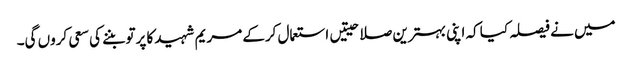
میں نے فیصلہ کیا کہ اپنی بہترین صلاحیتیں استعمال کرکے مریم شہید کا پرتو بننے کی سعی کروں گی۔